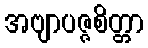
အဗျာပဇ္ဇစိတ္တာ